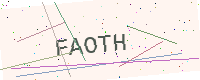
Text: FAOTH